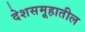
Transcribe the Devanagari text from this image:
देशसमूहातील